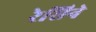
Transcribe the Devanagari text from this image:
रेसिने